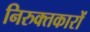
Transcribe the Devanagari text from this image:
निरुक्तकारों